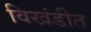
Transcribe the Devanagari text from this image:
विखंडीत